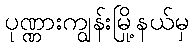
ပုဏ္ဏားကျွန်းမြို့နယ်မှ